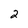
Character: 2